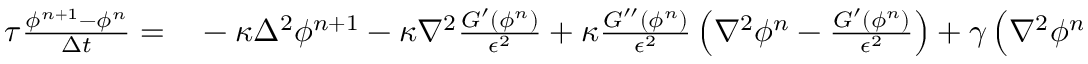
\begin{array} { r l } { \tau \frac { \phi ^ { n + 1 } - \phi ^ { n } } { \Delta t } = } & { { } - \kappa \Delta ^ { 2 } \phi ^ { n + 1 } - \kappa \nabla ^ { 2 } \frac { G ^ { \prime } ( \phi ^ { n } ) } { \epsilon ^ { 2 } } + \kappa \frac { G ^ { \prime \prime } ( \phi ^ { n } ) } { \epsilon ^ { 2 } } \left( \nabla ^ { 2 } \phi ^ { n } - \frac { G ^ { \prime } ( \phi ^ { n } ) } { \epsilon ^ { 2 } } \right) + \gamma \left( \nabla ^ { 2 } \phi ^ { n + 1 } - \frac { G ^ { \prime } ( \phi ^ { n } ) } { \epsilon ^ { 2 } } \right) } \end{array}